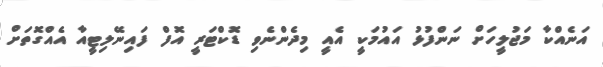
އަނެއްކާ މަޖުލީހަށް ނަންފުޅު އައުމަކީ އެއީ މިދެންނެވި ޑޮކްޓަރީ އޮފް ފައިނޭލިޓީއާ އެއްގޮތަށް